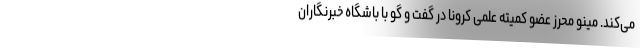
می‌کند. مینو محرز عضو کمیته علمی کرونا در گفت و گو با باشگاه خبرنگاران